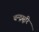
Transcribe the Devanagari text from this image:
चन्द्रसूरि